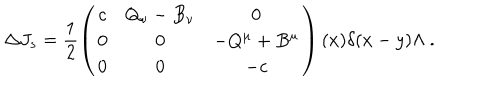
\Delta J _ { s } = \frac { 1 } { 2 } \left( \begin{array} { c c c } { { c } } & { { Q _ { \nu } - B _ { \nu } } } & { { 0 } } \\ { { 0 } } & { { 0 } } & { { - Q ^ { \mu } + B ^ { \mu } } } \\ { { 0 } } & { { 0 } } & { { - c } } \\ \end{array} \right) ( x ) \delta ( x - y ) \Lambda \ .